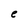
Character: e